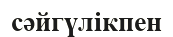
сәйгүлікпен